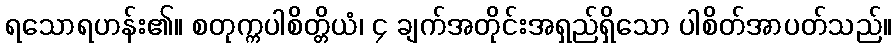
ရသောရဟန်း၏။ စတုက္ကပါစိတ္တိယံ၊ ၄ ချက်အတိုင်းအရှည်ရှိသော ပါစိတ်အာပတ်သည်။